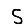
Digit: 5